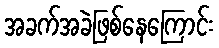
အခက်အခဲဖြစ်နေကြောင်း